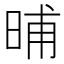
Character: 晡